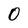
Character: 0